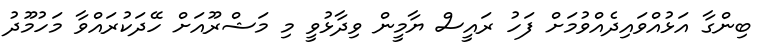
ބިންގާ އަޅުއްވައިދެއްވުމަށް ފަހު ރައީސް ޔާމީން ވިދާޅުވީ މި މަޝްރޫއަށް ހޭދަކުރައްވާ މަހުމޫދު